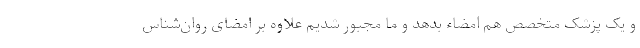
و یک پزشک متخصص هم امضاء بدهد و ما مجبور شدیم علاوه بر امضای روان‌شناس